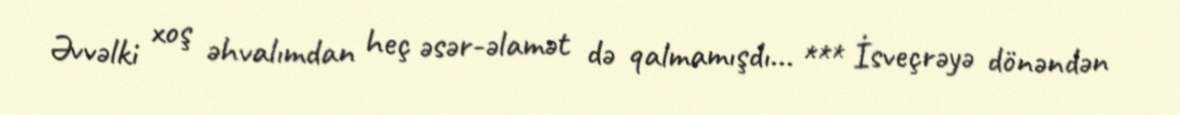
Əvvəlki xoş əhvalımdan heç əsər-əlamət də qalmamışdı... *** İsveçrəyə dönəndən